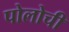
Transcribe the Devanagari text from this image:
पोलोची